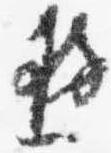
遊